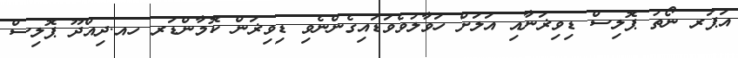
އަޕަރ ނޯތު ޕޮލިސް ޑިވިޜަނާއި އަލަށް ހަވާލުވެވަޑައިގެންނެވި ޑިވިޜަން ކޮމާންޑަރ ހއ.ދިއްދޫ ޕޮލިސް